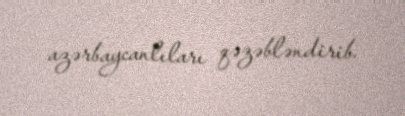
azərbaycanlıları qəzəbləndirib.